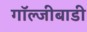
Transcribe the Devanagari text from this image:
गॉल्जीबाडी